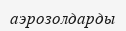
аэрозолдарды